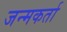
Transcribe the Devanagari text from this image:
जन्मकर्ता